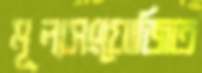
মূল্যসংযোজিত